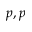
p , p